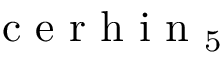
{ \mathrm { ~ c ~ e ~ r ~ h ~ i ~ n ~ } } _ { 5 }